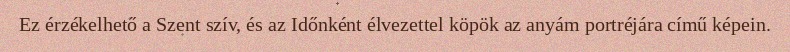
Ez érzékelhető a Szent szív, és az Időnként élvezettel köpök az anyám portréjára című képein.